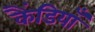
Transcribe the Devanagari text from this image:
कैंडियाँ